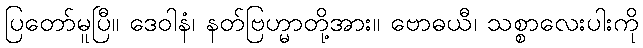
ပြတော်မူပြီ။ ဒေဝါနံ၊ နတ်ဗြဟ္မာတို့အား။ ဗောဓယီ၊ သစ္စာလေးပါးကို